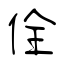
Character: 佺